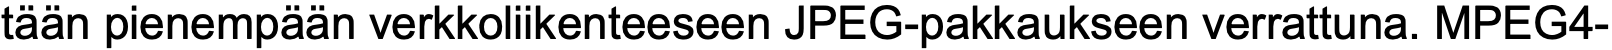
tään pienempään verkkoliikenteeseen JPEG-pakkaukseen verrattuna. MPEG4-